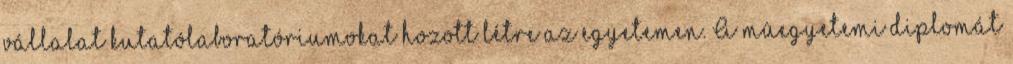
vállalat kutatólaboratóriumokat hozott létre az egyetemen. A mûegyetemi diplomát